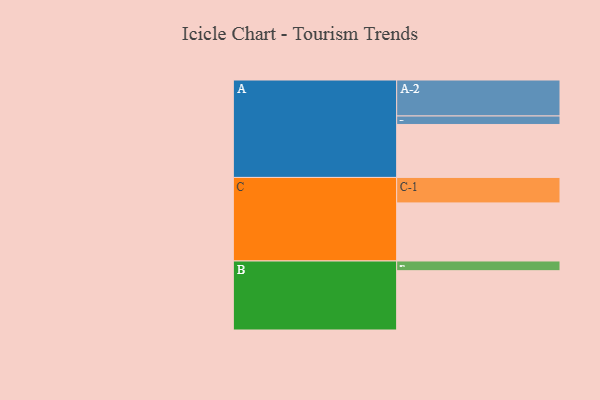
{"axis": {"x": "Segment", "y": "Value"}, "legend": ["", "A", "B", "C"], "data": [{"x": "A", "y": 393, "type": ""}, {"x": "B", "y": 440, "type": ""}, {"x": "C", "y": 431, "type": ""}, {"x": "A-1", "y": 63, "type": "A"}, {"x": "A-2", "y": 267, "type": "A"}, {"x": "B-1", "y": 72, "type": "B"}, {"x": "C-1", "y": 189, "type": "C"}]}